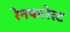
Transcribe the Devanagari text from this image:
रेनफारेस्ट